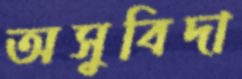
অসুবিদা